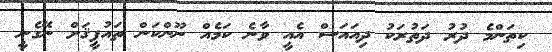
ކިތަންމެ ދުރު ދަތުރަކު ދިއައަސް އެއީ ވާނެ ކަމެއް ނޫންކަން ތައުފީޤަށް ނޭގެނީ